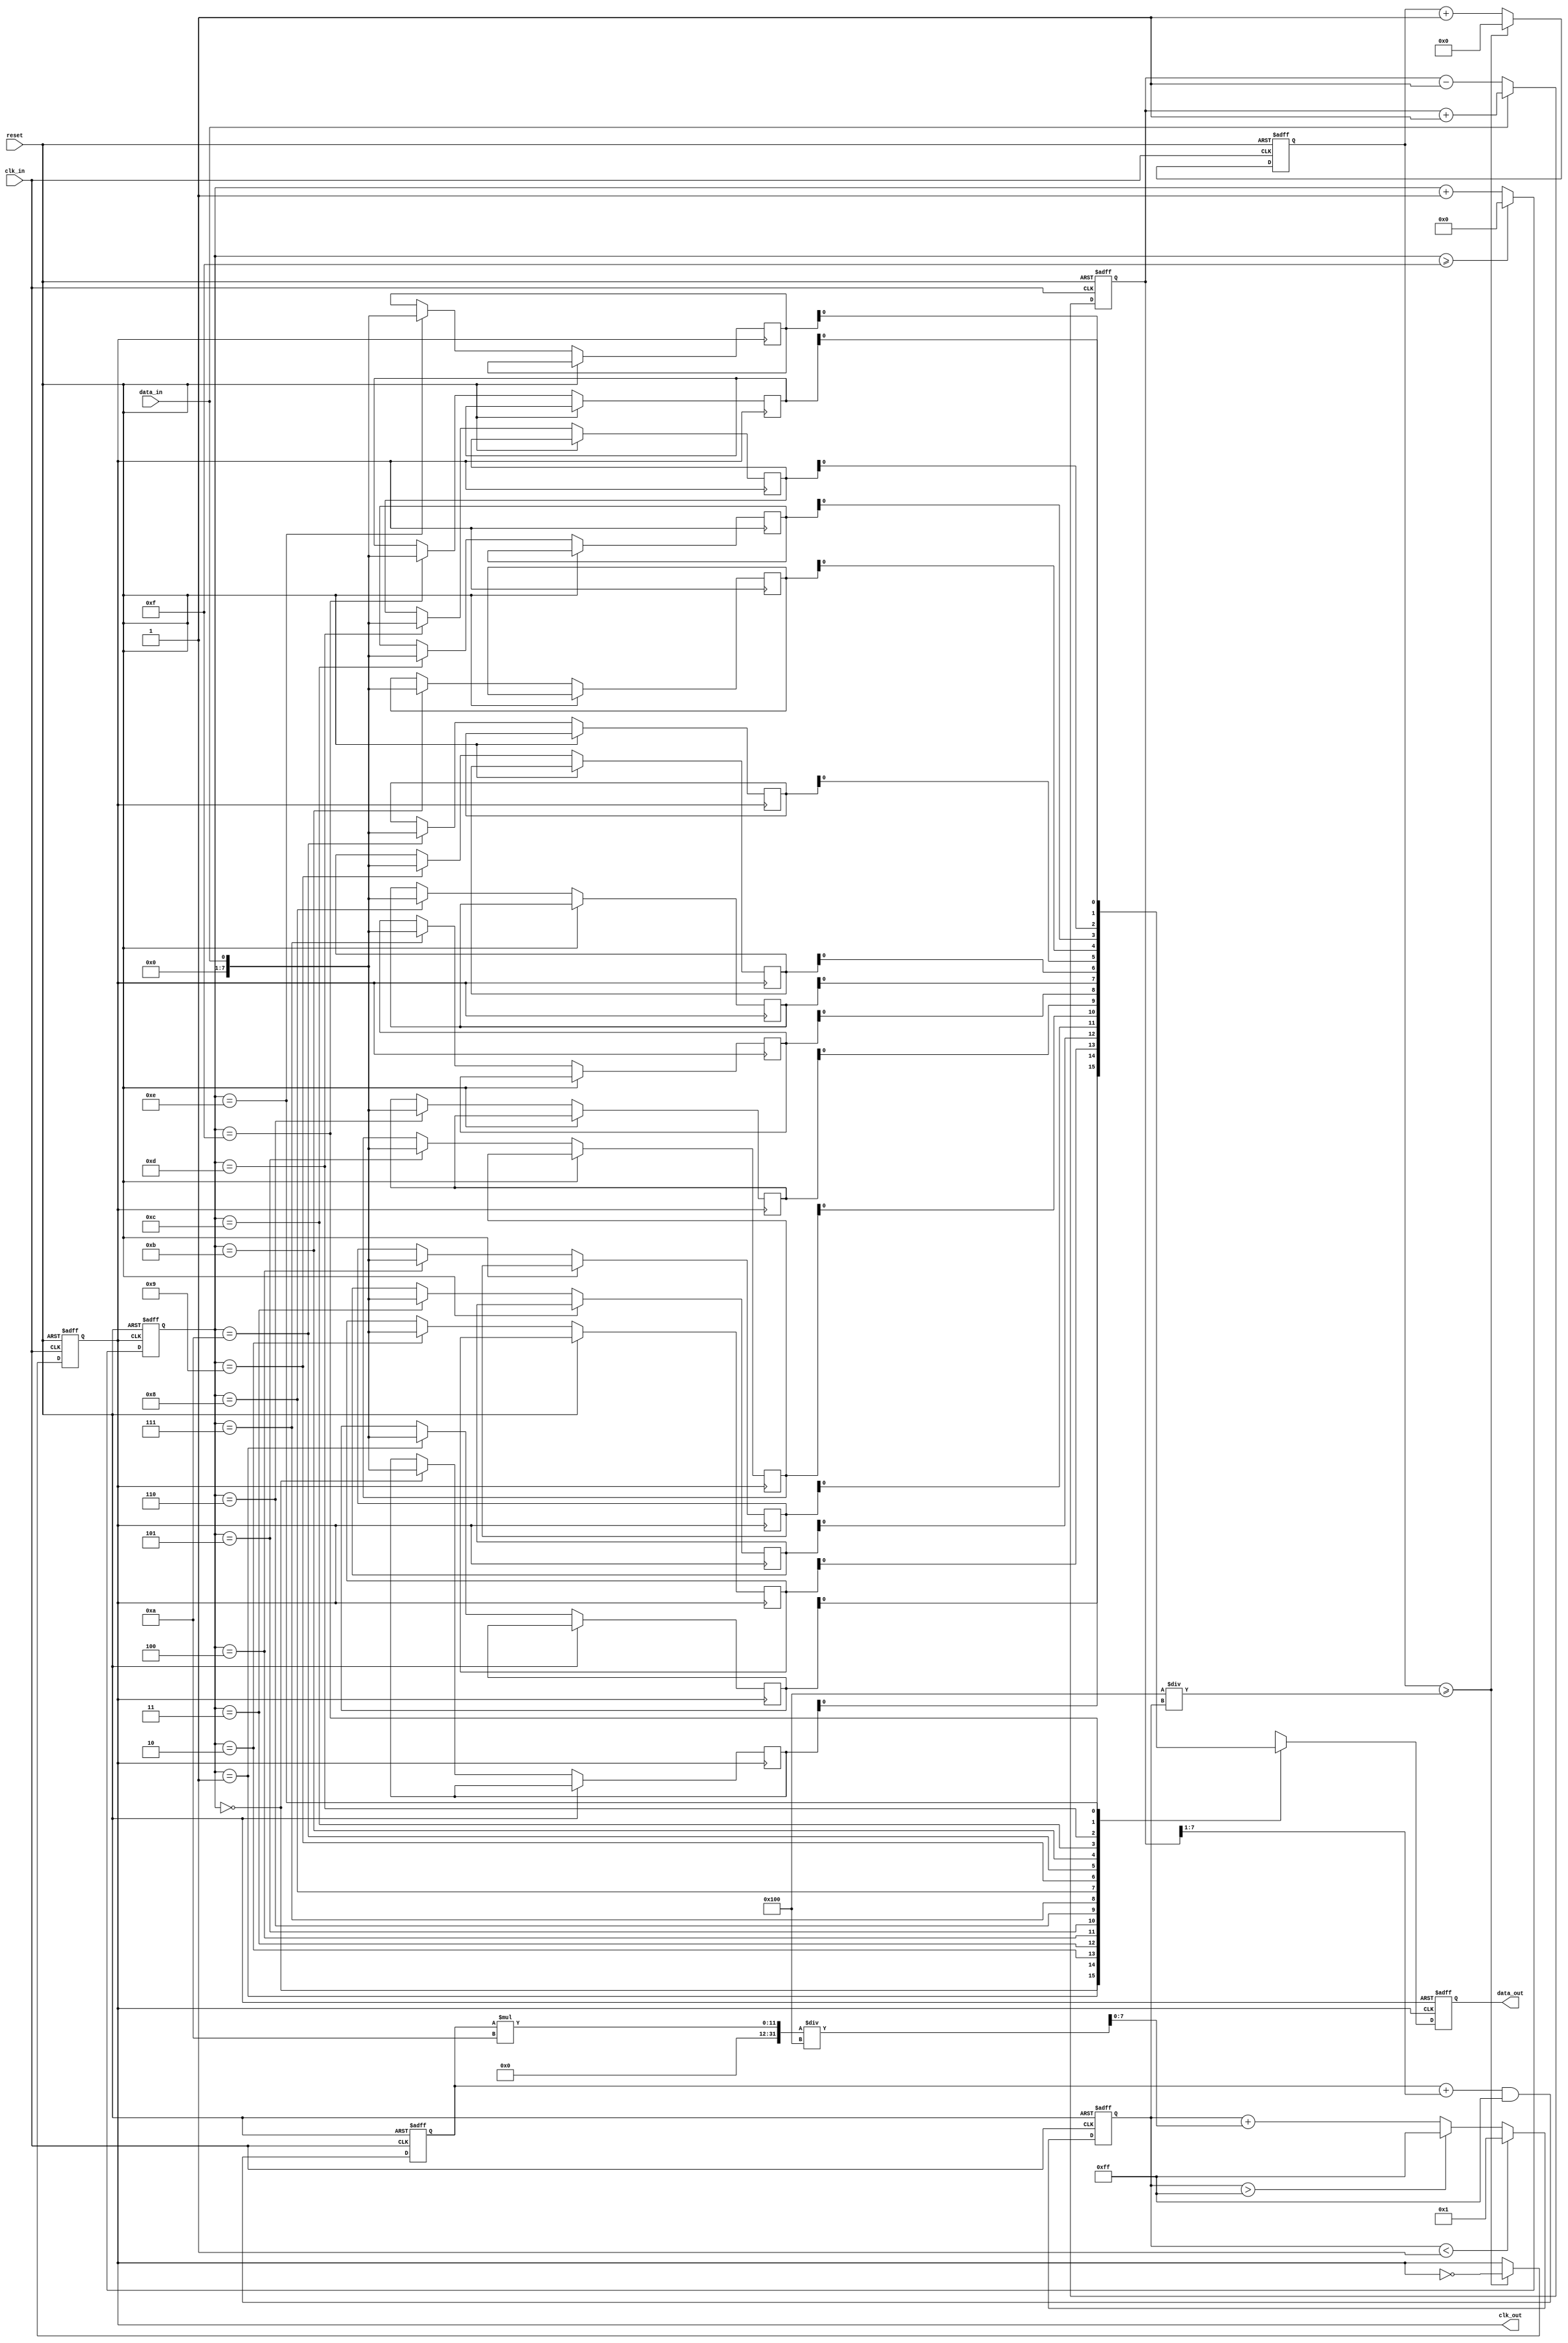
module ClockRecoveryPLL (
    input wire clk_in,          // Incoming data clock
    input wire data_in,         // Incoming data signal
    input wire reset,           // Reset signal
    output reg clk_out,         // Synchronized output clock
    output reg data_out         // Synchronized output data
);

    // Parameters for Loop Filter
    parameter LF_GAIN = 8'd10;  // Loop filter gain
    parameter VCO_MAX_FREQ = 8'd255; // Max VCO frequency
    parameter VCO_MIN_FREQ = 8'd1;   // Min VCO frequency

    // Internal signals
    reg [7:0] phase_error;      // Phase error signal
    reg [7:0] filtered_error;    // Filtered error signal
    reg [7:0] vco_freq;          // VCO frequency
    reg [7:0] clk_div;           // Clock divider
    reg [7:0] memory [0:15];     // Memory blocks (FIFO)
    reg [3:0] mem_ptr;           // Memory pointer

    // Phase Detector
    always @(posedge clk_in or posedge reset) begin
        if (reset) begin
            phase_error <= 8'd0;
        end else begin
            // Simple phase detection logic
            if (data_in) begin
                phase_error <= phase_error + 1; // Increment if data is high
            end else begin
                phase_error <= phase_error - 1; // Decrement if data is low
            end
        end
    end

    // Loop Filter
    always @(posedge clk_in or posedge reset) begin
        if (reset) begin
            filtered_error <= 8'd0;
        end else begin
            filtered_error <= (filtered_error + (phase_error >> 1)) & 8'hFF; // Simple low-pass filter
        end
    end

    // Voltage-Controlled Oscillator (VCO)
    always @(posedge clk_in or posedge reset) begin
        if (reset) begin
            vco_freq <= VCO_MIN_FREQ;
        end else begin
            // Adjust VCO frequency based on filtered error
            vco_freq <= vco_freq + (filtered_error * LF_GAIN) / 256;
            if (vco_freq > VCO_MAX_FREQ) vco_freq <= VCO_MAX_FREQ;
            if (vco_freq < VCO_MIN_FREQ) vco_freq <= VCO_MIN_FREQ;
        end
    end

    // Clock Division
    always @(posedge clk_in or posedge reset) begin
        if (reset) begin
            clk_div <= 8'd0;
            clk_out <= 1'b0;
        end else begin
            clk_div <= clk_div + 1;
            if (clk_div >= (256 / vco_freq)) begin
                clk_out <= ~clk_out; // Toggle output clock
                clk_div <= 8'd0;
            end
        end
    end

    // Memory Blocks
    always @(posedge clk_out or posedge reset) begin
        if (reset) begin
            mem_ptr <= 4'd0;
        end else begin
            memory[mem_ptr] <= data_in; // Store incoming data
            mem_ptr <= mem_ptr + 1;
            if (mem_ptr >= 4'd15) mem_ptr <= 4'd0; // Wrap around
        end
    end

    // Output Stage
    always @(posedge clk_out or posedge reset) begin
        if (reset) begin
            data_out <= 1'b0;
        end else begin
            data_out <= memory[mem_ptr]; // Output synchronized data
        end
    end

endmodule